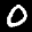
Label: 0